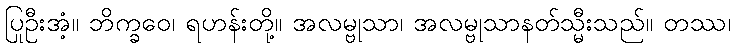
ပြုဦးအံ့။ ဘိက္ခဝေ၊ ရဟန်းတို့။ အလမ္ဗုသာ၊ အလမ္ဗုသာနတ်သ္မီးသည်။ တဿ၊